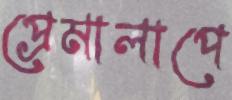
প্রেমালাপে